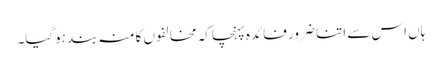
ہاں اس سے اتنا ضرور فائدہ پہنچا کہ مخالفوں کا منہ بند ہوگیا۔